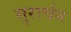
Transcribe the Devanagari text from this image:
सुरार्चन